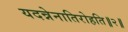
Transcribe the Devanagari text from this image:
यदन्नेनातिरोहति॥२॥